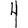
Digit: 4